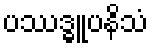
ပဿဒ္ဓူပနိသံ